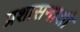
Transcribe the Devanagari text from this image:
प्रशासनाशी